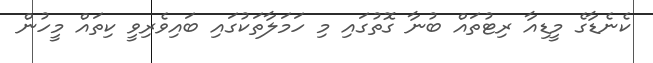
ކެނެޑާގެ މީޑިއާ ރިޓުތައް ބުނާ ގޮތުގައި މި ހަމަލާތަކުގައި ބައިވެރިވީ ކިތައް މީހުން